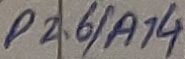
Text: P2.6/A14